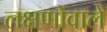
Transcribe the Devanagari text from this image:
लक्षणोंवाले